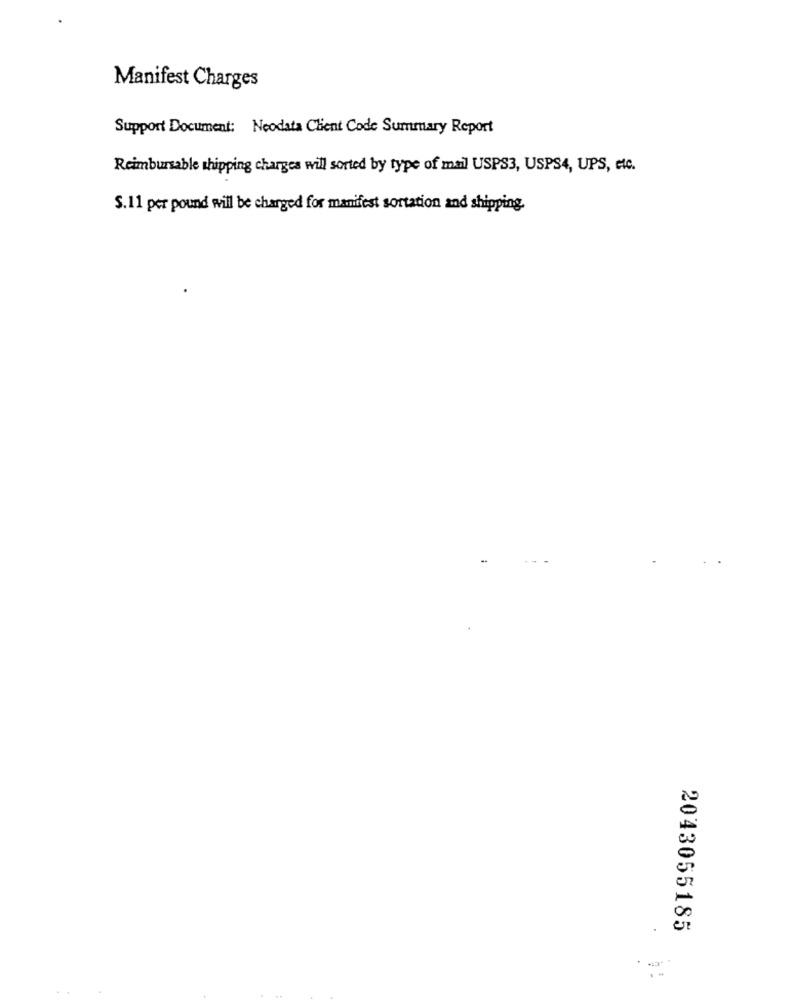
Manifest Charges
Support Document: Neodata Client Code Summary Report
Reimbursable shipping charges will sorted by type of mail USPS3, USPS4, UPS, etc.
S.11 per pound will be charged for manifest sortation and shipping.
2043055185